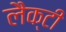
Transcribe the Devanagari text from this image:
लैक्टी